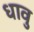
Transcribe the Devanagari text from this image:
धावु